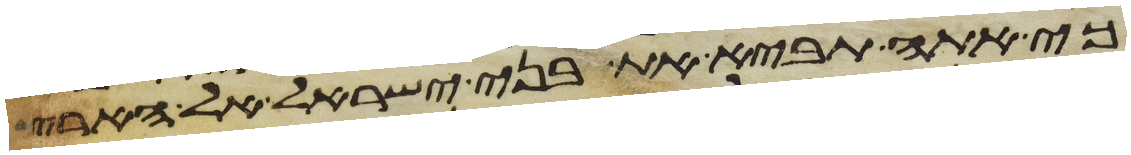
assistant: כי אתה תביא את בני ישראל אל הארץ